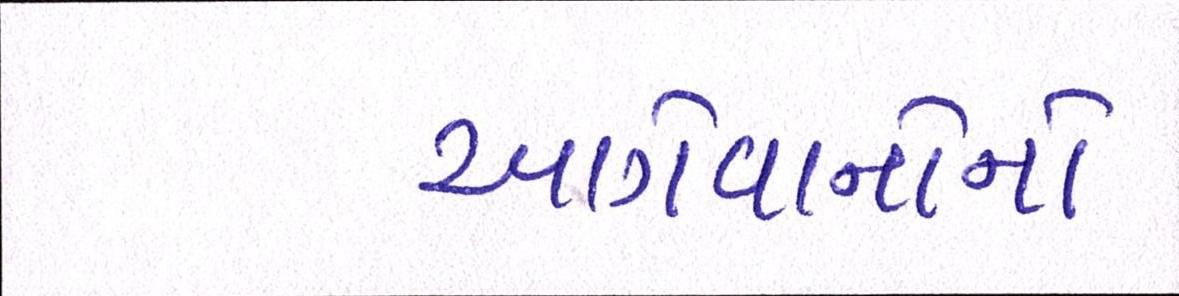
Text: આગેવાનોનો